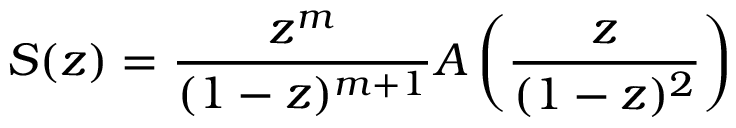
S ( z ) = { \frac { z ^ { m } } { ( 1 - z ) ^ { m + 1 } } } A \left( { \frac { z } { ( 1 - z ) ^ { 2 } } } \right)